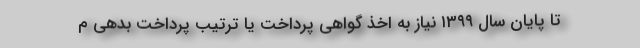
تا پایان سال ۱۳۹۹ نیاز به اخذ گواهی پرداخت یا ترتیب پرداخت بدهی م